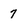
Character: 7